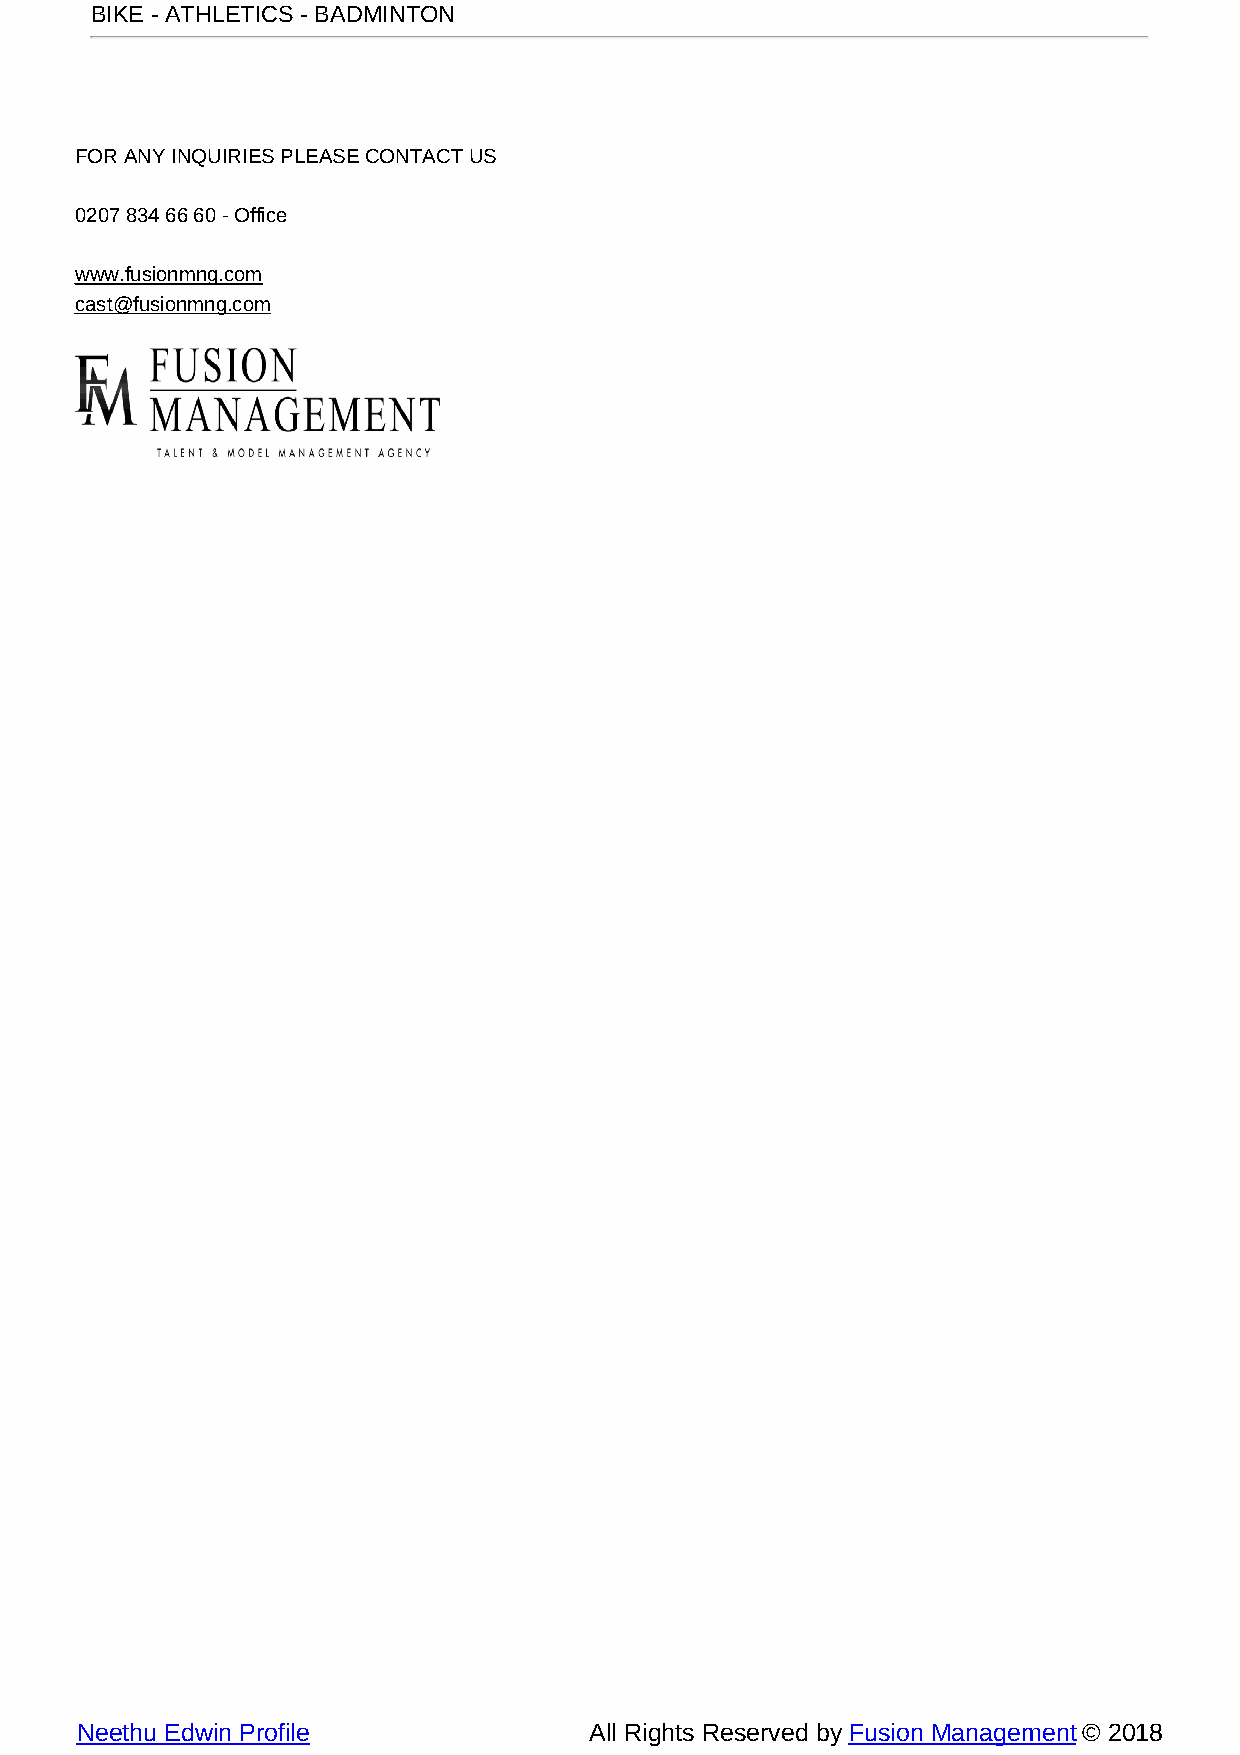
BIKE - ATHLETICS - BADMINTON
 FOR ANY INQUIRIES PLEASE CONTACT US
 0207 834 66 60 - Office
 www.fusionmng.com
 cast@fusionmng.com
 Neethu Edwin Profile              All Rights Reserved by Fusion Management © 2018